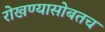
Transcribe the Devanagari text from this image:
रोखण्यासोबतच